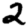
Digit: 2